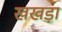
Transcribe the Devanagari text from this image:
खखड़ा